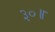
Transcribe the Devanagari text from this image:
३०॥